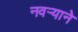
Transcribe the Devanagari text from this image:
नवर्‍याने